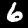
Digit: 6